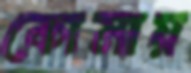
কোমায়